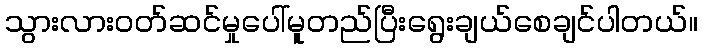
သွားလားဝတ်ဆင်မှုပေါ်မူတည်ပြီးရွေးချယ်စေချင်ပါတယ်။